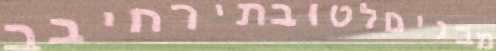
מבניםלטובתירחיבב